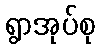
ရွာအုပ်စု